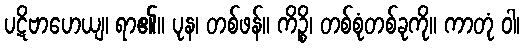
ပဋိဗာဟေယျ၊ ရာ၏။ ပုန၊ တစ်ဖန်။ ကိဉ္စိ၊ တစ်စုံတစ်ခုကို။ ကာတုံ ဝါ၊